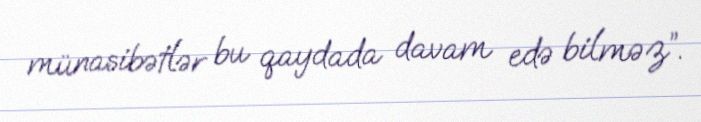
münasibətlər bu qaydada davam edə bilməz”.